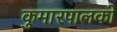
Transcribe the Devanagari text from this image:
कुमारपालको